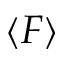
\langle F \rangle